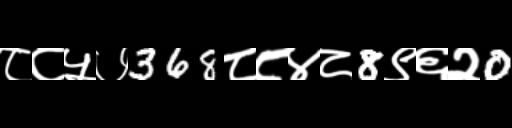
Text: ८८५७368८८४८8९६२0